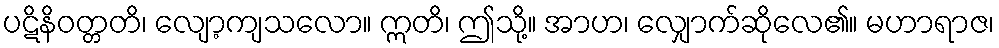
ပဋိနိဝတ္တတိ၊ လျော့ကျသလော။ ဣတိ၊ ဤသို့။ အာဟ၊ လျှောက်ဆိုလေ၏။ မဟာရာဇ၊